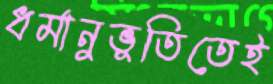
ধর্মানুভূতিতেই